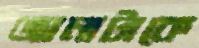
জানাটাকে